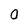
Character: O